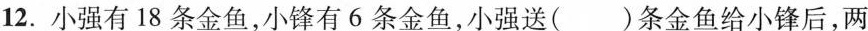
12.小强有18条金鱼，小锋有6条金鱼，小强送( )条金鱼给小锋后，两